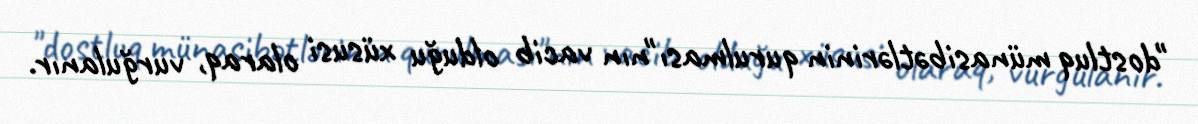
"dostluq münasibətlərinin qurulması"nın vacib olduğu xüsusi olaraq, vurğulanır.